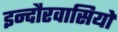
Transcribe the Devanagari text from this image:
इन्दौरवासियों